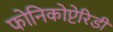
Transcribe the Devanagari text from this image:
फोनिकोप्टेरिडी